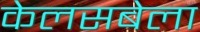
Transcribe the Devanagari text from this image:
केलसबेला